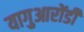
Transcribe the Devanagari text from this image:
यागुआरोंडी